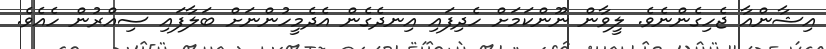
އިޝާންއާ ޖެހިގެންނެވެ. ލީވާން ނޫންކަމަށް ހެދިފައި އިނދެގެން އެދެމީހުންނަށް ބަލާފައި ސިއްރުން ހެއެވެ.